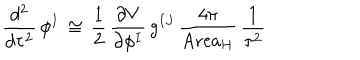
\frac { d ^ { 2 } } { d \tau ^ { 2 } } \, \phi ^ { I } \, \cong \, \frac { 1 } { 2 } \, \frac { \partial V } { \partial \phi ^ { I } } \, g ^ { I J } \, \frac { 4 \pi } { \mathrm { A r e a } _ { H } } \, \frac { 1 } { \tau ^ { 2 } }